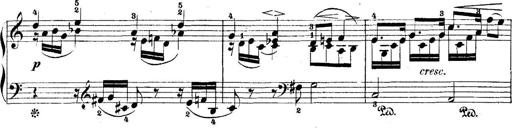
Title: 5 Sonatinas
Composer: Theodor Kirchner